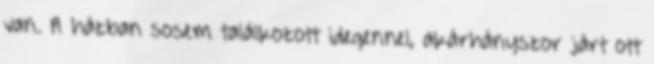
van. A házban sosem találkozott idegennel, akárhányszor járt ott